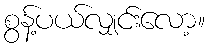
စွန့်ပယ်လျှင်းလော့။